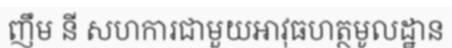
ញឹម នី សហការជាមួយអាវុធហត្ថមូលដ្ឋាន